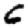
Digit: 6